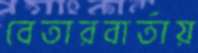
বেতারবার্তায়